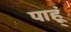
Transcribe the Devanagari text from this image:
पाहू्ं